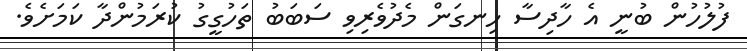
ފުލުހުން ބުނީ އެ ހާދިސާ ހިނގަން މެދުވެރިވި ސަބަބު ތަހުގީގު ކުރަމުންދާ ކަމަށެވެ.